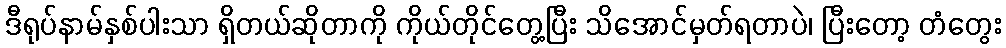
ဒီရုပ်နာမ်နှစ်ပါးသာ ရှိတယ်ဆိုတာကို ကိုယ်တိုင်တွေ့ပြီး သိအောင်မှတ်ရတာပဲ၊ ပြီးတော့ တံတွေး